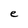
Character: e